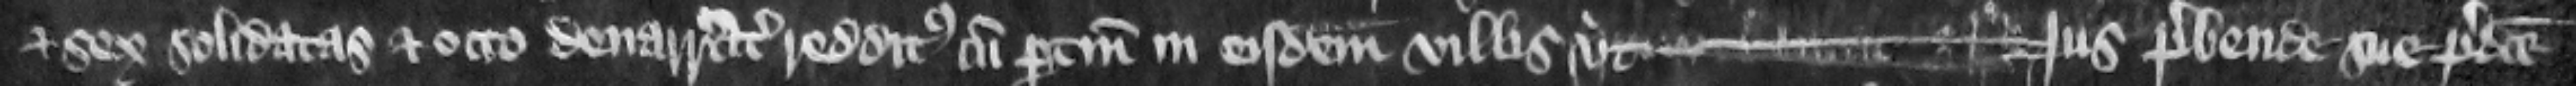
et sex solidatas et octo denarratas redditus cum pertinenciis in eisdem villis vt --- jus prebende sue predicte